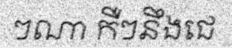
ៗណា កឺៗនឹងជេ